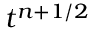
t ^ { n + 1 / 2 }